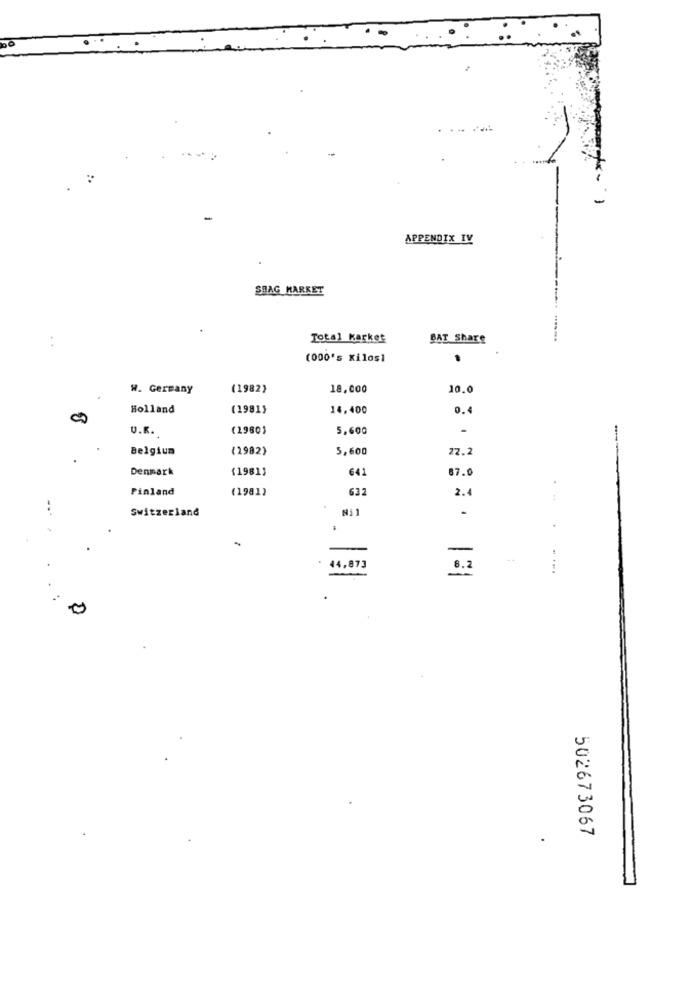
...
-
APPENDIX IV
SHAG MARKET
Total Market
BAT Share
. .
(000's Kilos1
W. Germany
(1982)
18,000
10.0
Holland
(1981)
14,400
0.4
U.K.
(1980)
5,600
Belgium
(1982)
5,600
22.2
Denmark
(1981)
641
87.0
Pinland
(1981)
632
2.
Switzerland
-
.
-
: 44,873
6.2
502673067